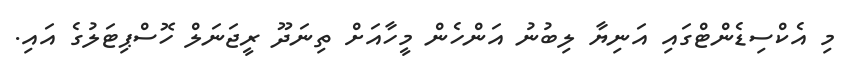
މި އެކްސިޑެންޓްގައި އަނިޔާ ލިބުނު އަންހެން މީހާއަށް ތިނަދޫ ރީޖަނަލް ހޮސްޕިޓަލުގެ އައި.